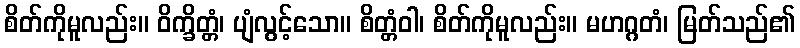
စိတ်ကိုမူလည်း။ ဝိက္ခိတ္တံ၊ ပျံလွင့်သော။ စိတ္တံဝါ၊ စိတ်ကိုမူလည်း။ မဟဂ္ဂတံ၊ မြတ်သည်၏